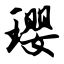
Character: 璎